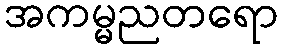
အကမ္မညတရော